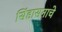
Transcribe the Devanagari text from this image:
सिंहासनाचे